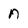
Character: n